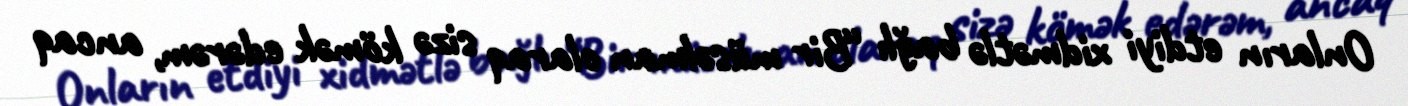
Onların etdiyi xidmətlə bağlı “Bir müsəlman olaraq sizə kömək edərəm, ancaq